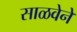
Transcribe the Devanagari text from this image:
साळवेने